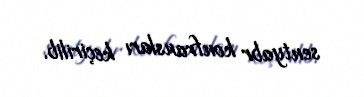
sentyabr konfransları keçirilib.